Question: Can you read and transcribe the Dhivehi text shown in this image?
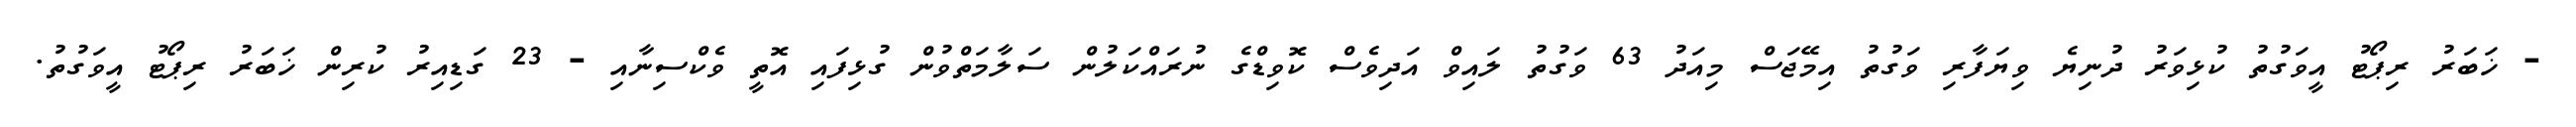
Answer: - ޚަބަރު ރިޕޯޓު އީވަގުތު ކުޅިވަރު ދުނިޔެ ވިޔަފާރި ވަގުތު އިމޭޖަސް މިއަދު 63 ވަގުތު ލައިވް އަދިވެސް ކޮވިޑްގެ ނުރައްކަލުން ސަލާމަތްވުން ގުޅިފައި އޮތީ ވެކްސިނާއި - 23 ގަޑިއިރު ކުރިން ޚަބަރު ރިޕޯޓު އީވަގުތު.